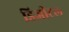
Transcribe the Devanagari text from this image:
डिजीटल